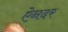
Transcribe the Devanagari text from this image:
ऐनदर